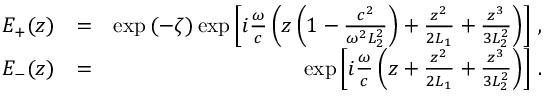
\begin{array} { r l r } { E _ { + } ( z ) } & { = } & { \exp \left( - \zeta \right) \exp \left[ i \frac { \omega } { c } \left( z \left( 1 - \frac { c ^ { 2 } } { \omega ^ { 2 } L _ { 2 } ^ { 2 } } \right) + \frac { z ^ { 2 } } { 2 L _ { 1 } } + \frac { z ^ { 3 } } { 3 L _ { 2 } ^ { 2 } } \right) \right] \, , } \\ { E _ { - } ( z ) } & { = } & { \exp \left[ i \frac { \omega } { c } \left( z + \frac { z ^ { 2 } } { 2 L _ { 1 } } + \frac { z ^ { 3 } } { 3 L _ { 2 } ^ { 2 } } \right) \right] \, . } \end{array}